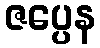
ဇပ္ပေန